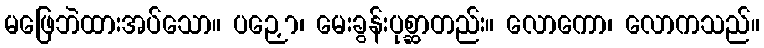
မဖြေဘဲထားအပ်သော။ ပဉှော၊ မေးခွန်းပုစ္ဆာတည်း။ လောကော၊ လောကသည်။